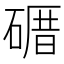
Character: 𥕉